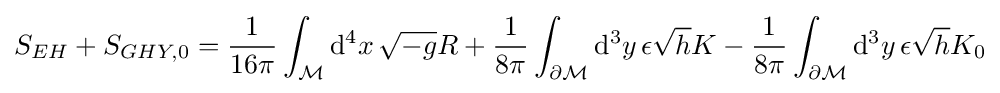
S_{EH}+S_{GHY,0}={\frac {1}{16\pi }}\int _{\mathcal {M}}\mathrm {d} ^{4}x\,{\sqrt {-g}}R+{\frac {1}{8\pi }}\int _{\partial {\mathcal {M}}}\mathrm {d} ^{3}y\,\epsilon {\sqrt {h}}K-{1 \over 8\pi }\int _{\partial {\mathcal {M}}}\mathrm {d} ^{3}y\,\epsilon {\sqrt {h}}K_{0}